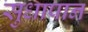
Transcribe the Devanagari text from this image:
सुधापान